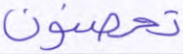
تحصنون